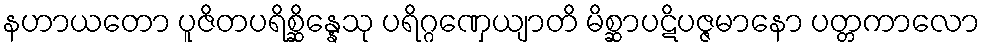
နဟာယတော ပူဇိတပရိစ္ဆိန္နေသု ပရိဂ္ဂဏှေယျာတိ မိစ္ဆာပဋိပဇ္ဇမာနော ပတ္တကာလော